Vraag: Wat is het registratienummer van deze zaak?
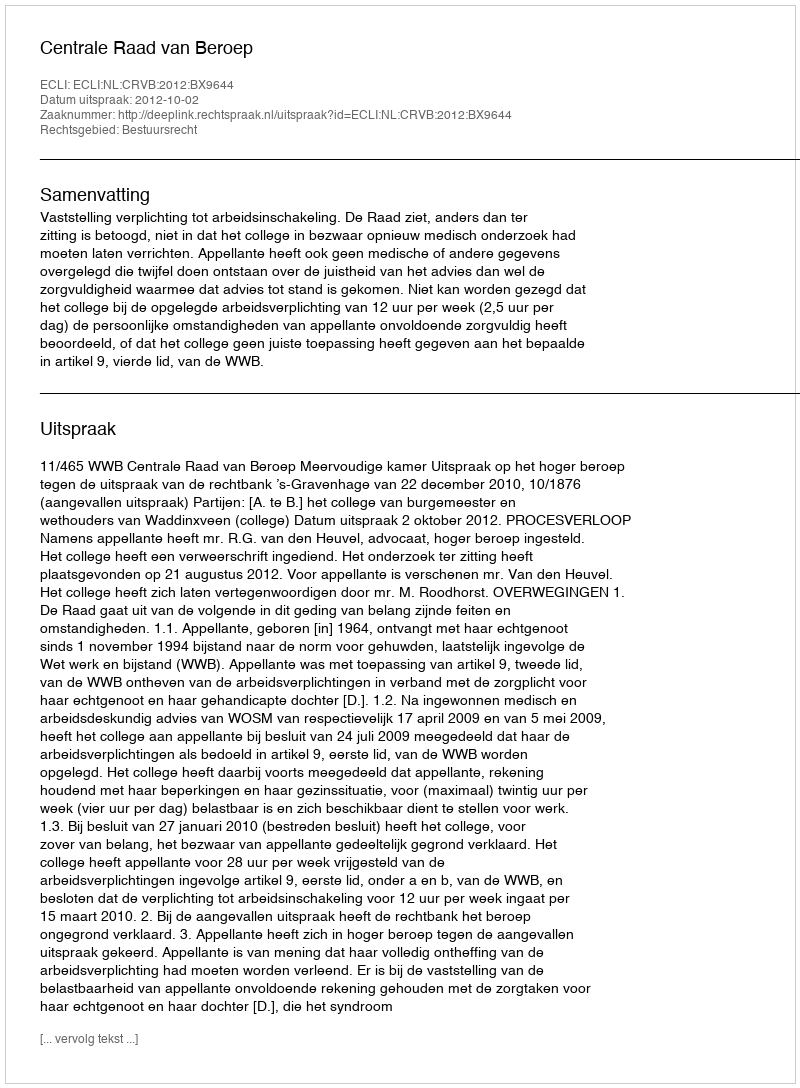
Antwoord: http://deeplink.rechtspraak.nl/uitspraak?id=ECLI:NL:CRVB:2012:BX9644